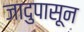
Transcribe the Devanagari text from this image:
जादुपासून